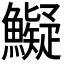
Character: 𩼨